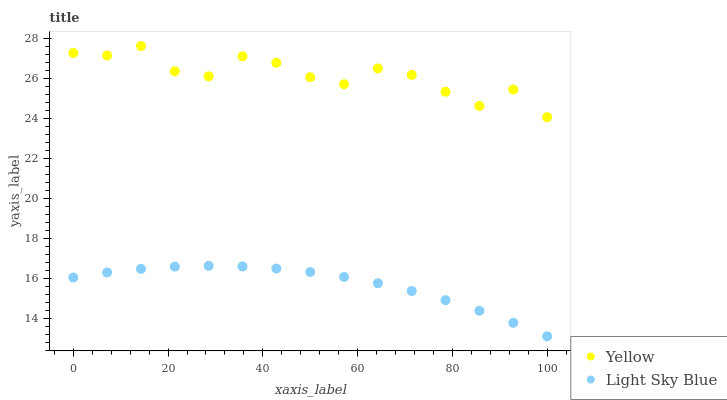
| xaxis_label | Yellow | Light Sky Blue |
 | --- | --- | --- |
 | 0 | 27.3 | 16 |
 | 7.14 | 27.1 | 16.3 |
 | 14.3 | 27.6 | 16.5 |
 | 21.4 | 26.3 | 16.6 |
 | 28.6 | 26.1 | 16.6 |
 | 35.7 | 27.1 | 16.6 |
 | 42.9 | 26.8 | 16.5 |
 | 50 | 26 | 16.3 |
 | 57.1 | 25.7 | 16.1 |
 | 64.3 | 26.5 | 15.7 |
 | 71.4 | 26.2 | 15.4 |
 | 78.6 | 25.3 | 14.9 |
 | 85.7 | 24.6 | 14.4 |
 | 92.9 | 25.4 | 13.8 |
 | 100 | 24.1 | 13.1 |